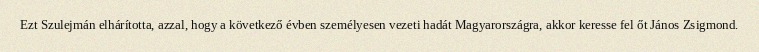
Ezt Szulejmán elhárította, azzal, hogy a következő évben személyesen vezeti hadát Magyarországra, akkor keresse fel őt János Zsigmond.